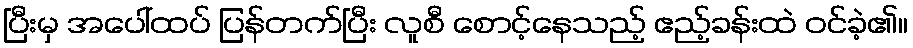
ပြီးမှ အပေါ်ထပ် ပြန်တက်ပြီး လူစီ စောင့်နေသည့် ဧည့်ခန်းထဲ ဝင်ခဲ့၏။